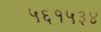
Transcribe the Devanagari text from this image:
५६१५३४